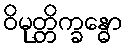
ဝိမုတ္တိက္ခန္ဓော